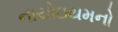
નાયોઇયમનો